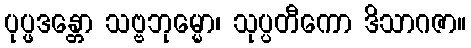
ပုပ္ဖဒန္တော သဗ္ဗဘုမ္မော၊ သုပ္ပတီကော ဒိသာဂဇာ။